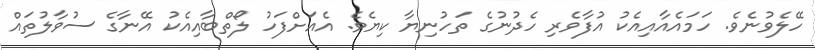
ހޭލެވުނެވެ. ހަމައެއާއިއެކު އުފާވެރި ހެދުނުގެ ތަހުނިޔާ ކިޔެވެ. އެއަށްފަހު ލޯތްބާއިއެކު އޭނާގެ ސުވާލުތައް